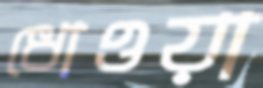
ধোওয়া